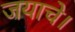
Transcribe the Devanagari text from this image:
जयाचे।